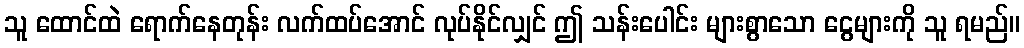
သူ ထောင်ထဲ ရောက်နေတုန်း လက်ထပ်အောင် လုပ်နိုင်လျှင် ဤ သန်းပေါင်း များစွာသော ငွေများကို သူ ရမည်။